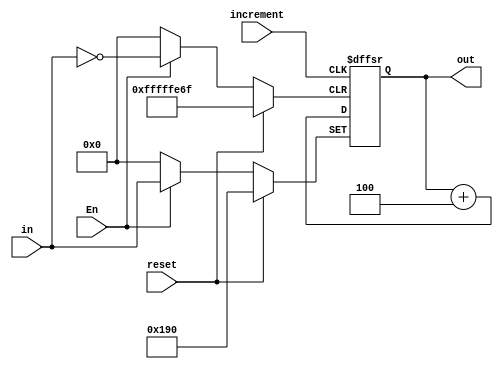
module PC(out,reset,in,increment,En);

output reg [31:0] out;
input [31:0] in;
input reset,increment,En;




always @(posedge reset or posedge increment or posedge En) begin
// the instructions start at 0x64 in our micro controller
  if(reset) out<=32'h190;
  else if(En) out<=in;
  else out <= out + {28'b0,4'b0100};
  end


endmodule